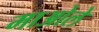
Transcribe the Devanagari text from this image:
माओले